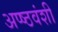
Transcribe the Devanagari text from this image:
अप्ष्ठवंशी